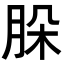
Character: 𦚩